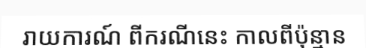
រាយការណ៍ ពីករណីនេះ កាលពីប៉ុន្មាន